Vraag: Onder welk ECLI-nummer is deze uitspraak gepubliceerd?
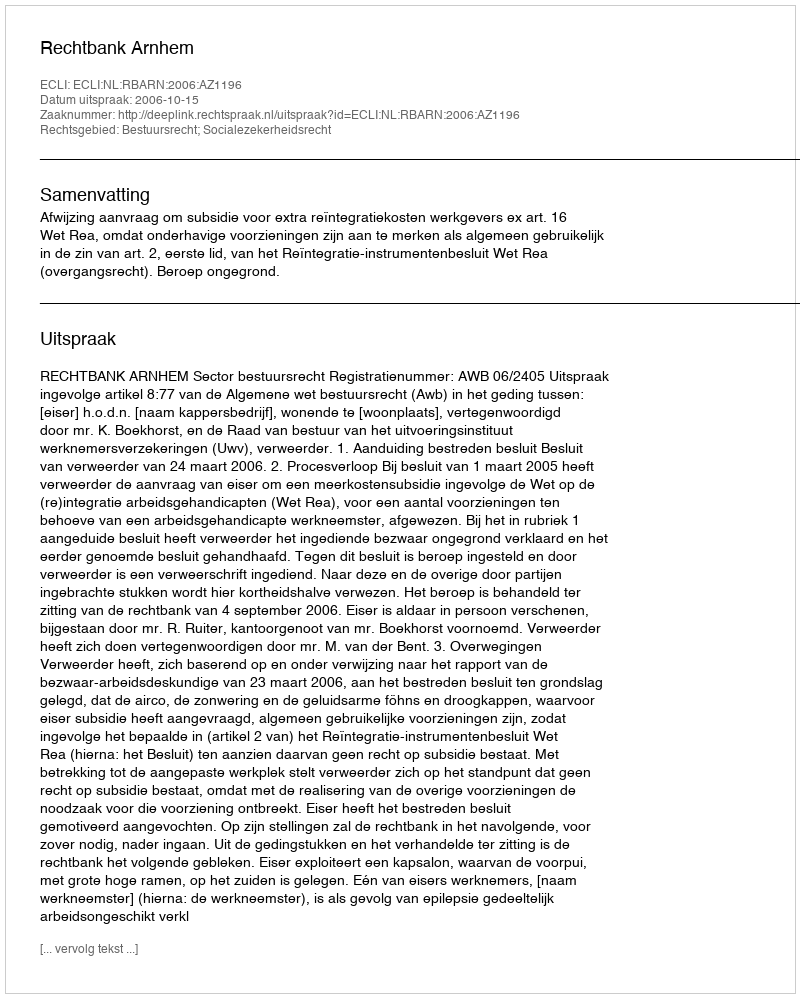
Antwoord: ECLI:NL:RBARN:2006:AZ1196